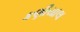
કણીયાલ